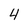
Character: 4